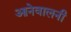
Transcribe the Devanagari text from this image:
आनेवालनी